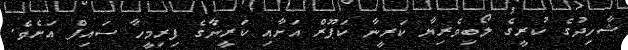
ޝާހިދުގެ ކުރީގެ ލޯބިވެރިޔާ ކަރީނާ ކަޕޫރް އަށާއި ކަރީނާގެ ފިރިމީހާ ސައިފް އަށެވެ.